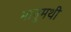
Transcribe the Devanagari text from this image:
भानुमथी